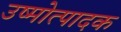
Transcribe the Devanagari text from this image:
उष्मोत्पादक